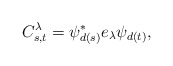
\begin{align*} C_{s,t}^{\lambda}=\psi_{d(s)}^* e_{\lambda}\psi_{d(t)},\end{align*}